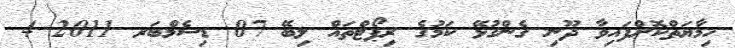
ހިމާޔަތްކޮށްފައިވާ ދޫނި ގެންގުޅޭ ކަމުގެ ރިޕޯޓްތައް ލިބޭ 07 ޑިސެމްބަރ 2011 4